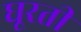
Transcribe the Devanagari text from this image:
घूरती